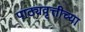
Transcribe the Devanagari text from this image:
पाठ्यवृत्तीच्या